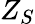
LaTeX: Z_{S}